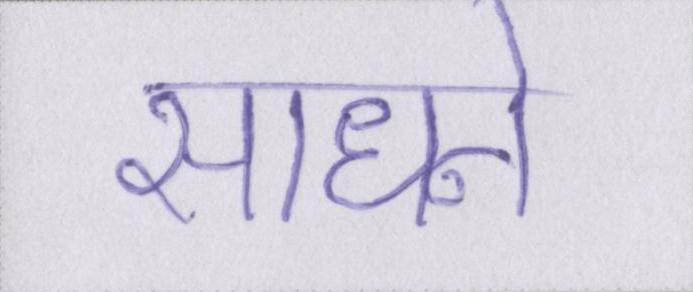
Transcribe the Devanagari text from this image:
साधने